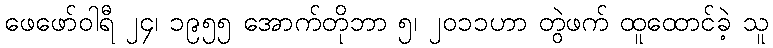
ဖေဖော်ဝါရီ ၂၄၊ ၁၉၅၅ အောက်တိုဘာ ၅၊ ၂၀၁၁ဟာ တွဲဖက် ထူထောင်ခဲ့ သူ